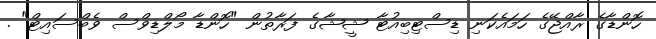
ހޮންޑާގެ ރާއްޖޭގެ ހަމައެކަނި ޑިސްޓިބިއުޓާ ޝީޝާގެ ފަރާތުން "ހޮންޑާ މޯލްޑިވްސް ވެބްސައިޓް" .